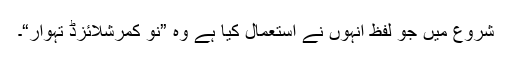
شروع میں جو لفظ انہوں نے استعمال کیا ہے وہ ”نو کمرشلائزڈ تہوار“۔